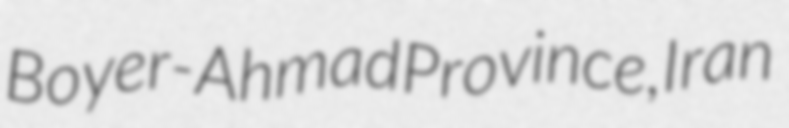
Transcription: Boyer-Ahmad Province, Iran